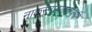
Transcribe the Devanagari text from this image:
नाकस्मात्पतन्त्यश्रूणि